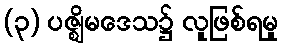
(၃) ပဇ္ဈိမဒေသ၌ လူဖြစ်ရမှု